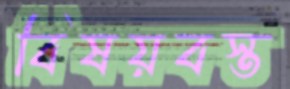
বিষয়বস্ত